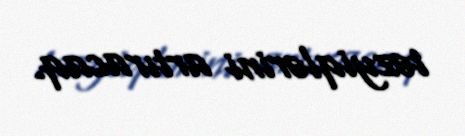
təzyiqlərini artıracaq.